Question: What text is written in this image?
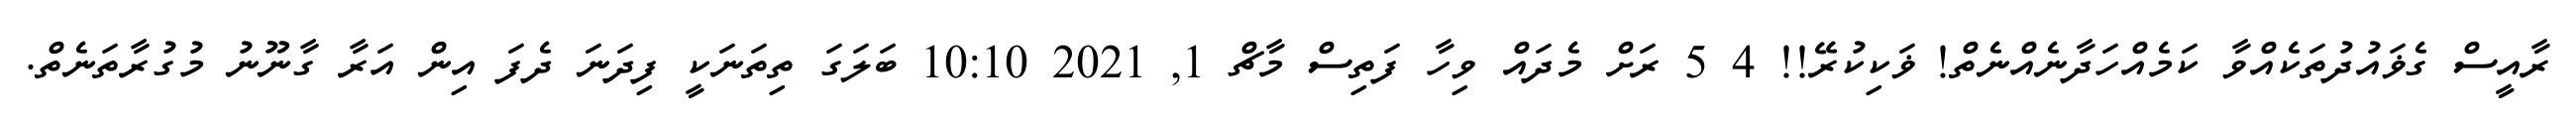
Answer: ރާއީސް ގެޥައުދުތަކެއްވާ ކަމެއްހަދާނެއްނެތް! ޥަކިކުރޭ!! 4 5 ރަށް މެދައް ވިހާ ފަތިސް މާޗް 1, 2021 10:10 ބަލަގަ ތިތަނަކީ ފިދަނަ ދެފަ އިން އަރާ ގާނޫނު މުގުރާތަނެތް.